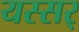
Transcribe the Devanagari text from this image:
यस्सर्